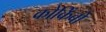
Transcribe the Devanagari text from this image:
कोकिंबो